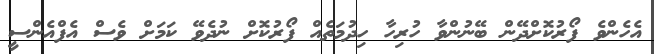
އެހެންވެ ފޯރުކޮށްދޭން ބޭނުންވާ ހުރިހާ ހިދުމަތެއް ފޯރުކޮށް ނުދެވޭ ކަމަށް ވެސް އެފްއެންސީ